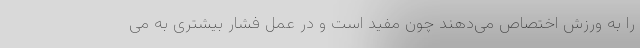
را به ورزش اختصاص می‌دهند چون مفید است و در عمل فشار بیشتری به می